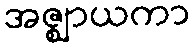
အဇ္ဈာယကာ